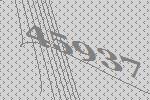
45937